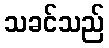
သခင်သည်